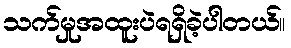
သက်မှုအထူးပဲရရှိခဲ့ပါတယ်။